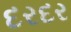
દરદર